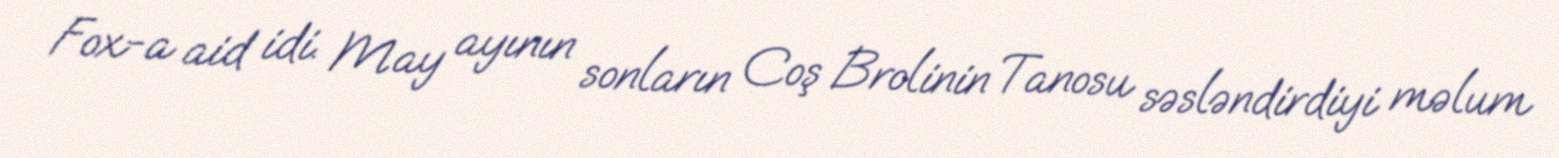
Fox-a aid idi. May ayının sonların Coş Brolinin Tanosu səsləndirdiyi məlum